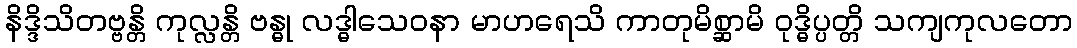
နိဒ္ဒိသိတဗ္ဗန္တိ ကုလ္လန္တိ ဗန္ဓု လဒ္ဓါသေဝနာ မာဟရေသိ ကာတုမိစ္ဆာမိ ဝုဒ္ဓိပ္ပတ္တိ သကျကုလတော